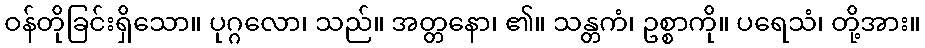
ဝန်တိုခြင်းရှိသော။ ပုဂ္ဂလော၊ သည်။ အတ္တနော၊ ၏။ သန္တကံ၊ ဥစ္စာကို။ ပရေသံ၊ တို့အား။